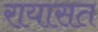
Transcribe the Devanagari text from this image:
रायासत